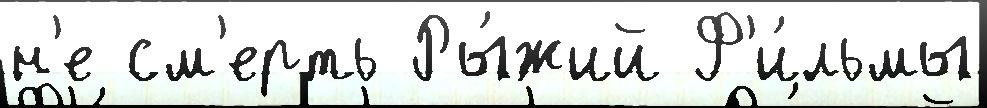
н'е см'ерть Ры́жий Ф'и́льмы